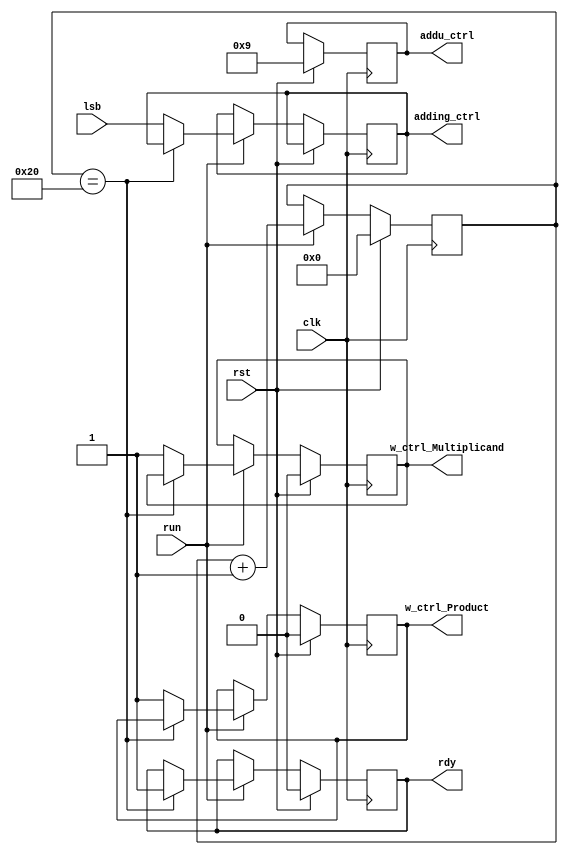
module Control (
    output reg rdy,
    output reg w_ctrl_Multiplicand,
    output reg adding_ctrl,
    output reg [5:0] addu_ctrl,
    output reg w_ctrl_Product,
    input run,
    input rst,
    input clk,
    input lsb
);

    reg [5:0] count;
    // Control logic
    always @(posedge clk) begin  // reset logic
        if (rst) begin
            rdy <= 0;
            addu_ctrl <= 6'b001001;
            w_ctrl_Multiplicand <= 0;   // load multiplicand
            w_ctrl_Product <= 0;
            count <= 0;
        end else begin  // normal operation, count to 32, then set rdy
            if (run) begin
                count <= count + 1;
                if (count == 32) begin  
                    rdy <= 1;
                end else begin  
                    w_ctrl_Multiplicand <= 1;
                    w_ctrl_Product <= 1;
                    adding_ctrl <= lsb;
                end
            end
        end
    end

endmodule